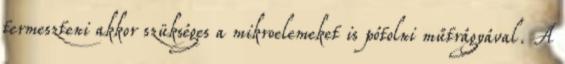
termeszteni akkor szükséges a mikroelemeket is pótolni műtrágyával. A